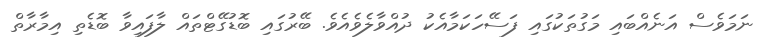
ނަމަވެސް އަނެއްބައި މަގުތަކުގައި ފަސޭހަކަމާއެކު ދުއްވާލެވެއެވެ. ބޭރުގައި ބޮޑުގޭޓްތައް ލާފައިވާ ބޮޑެތި އިމާރާތް